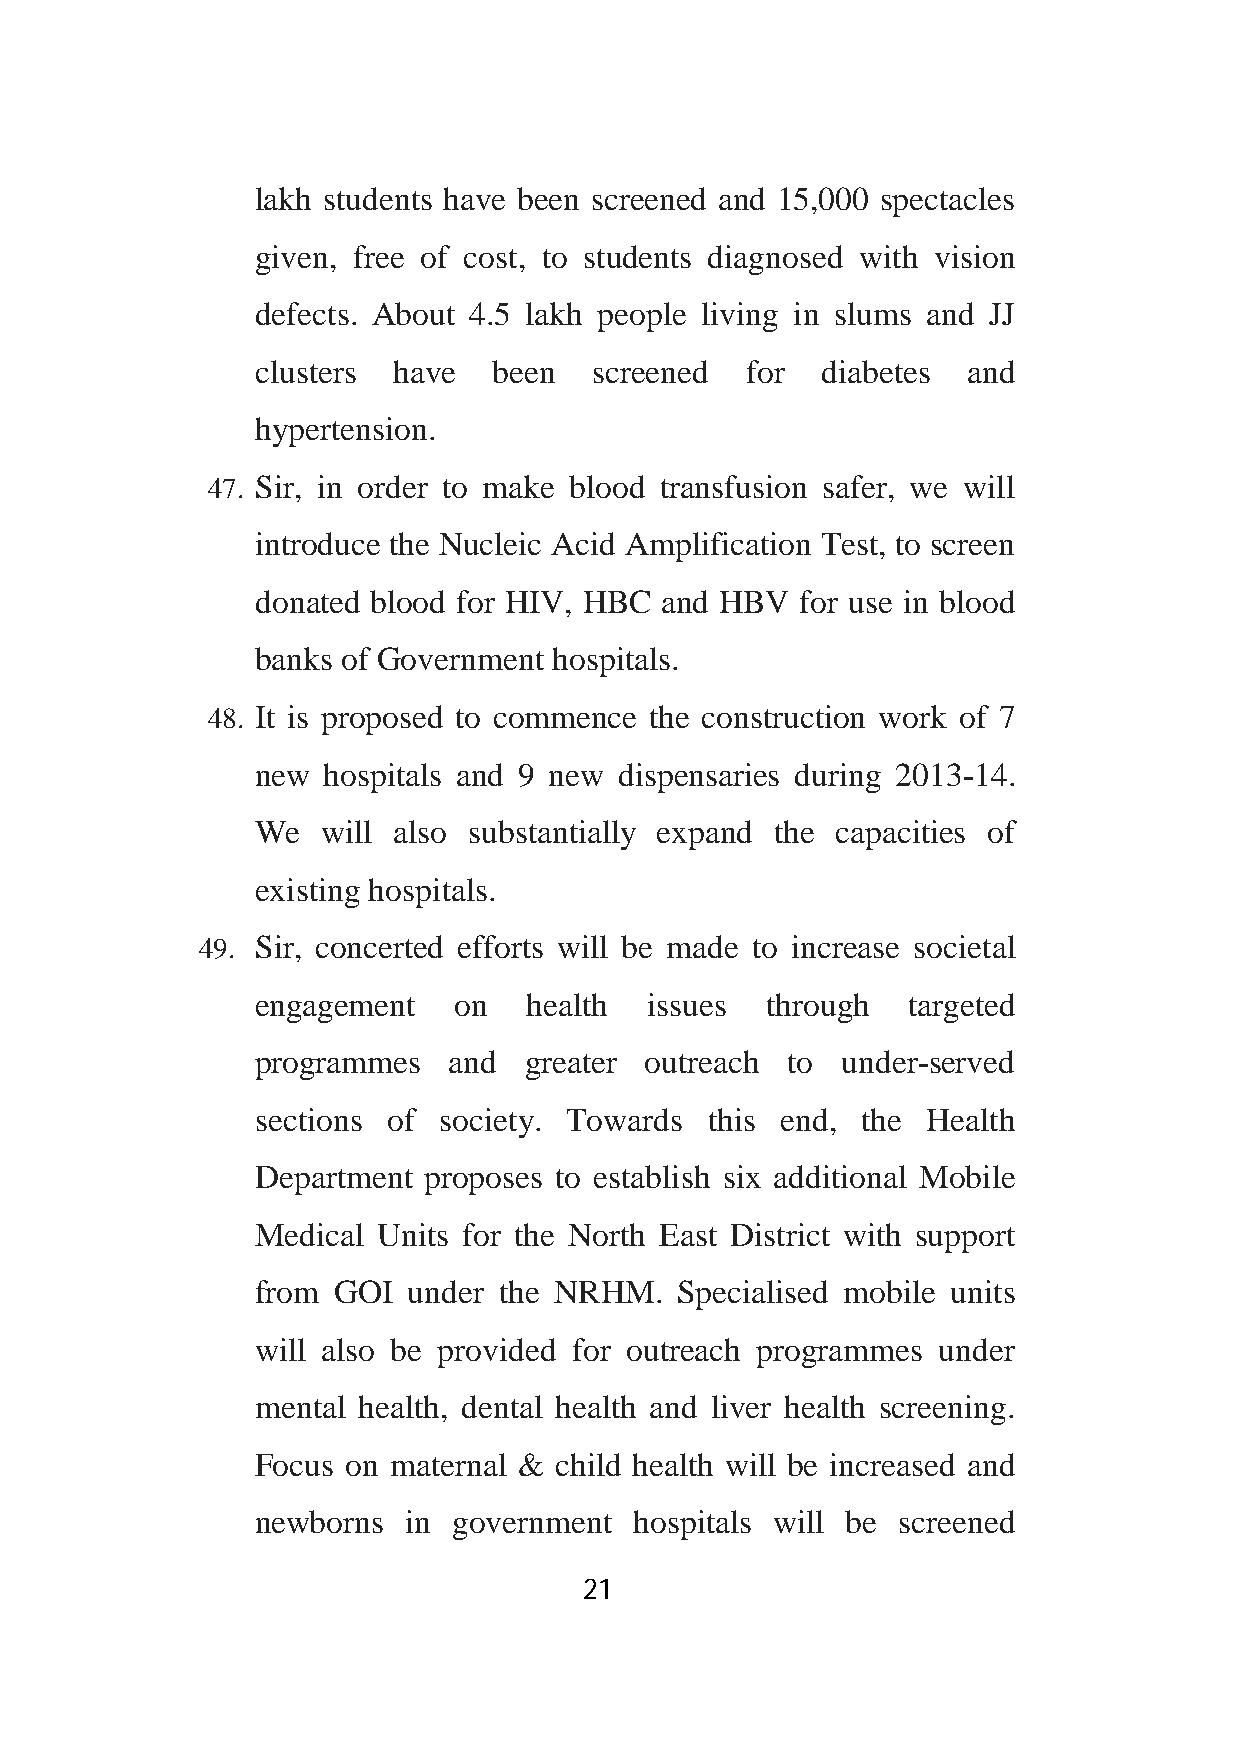
lakh students have been screened and 15,000 spectacles
 given, free of cost, to students diagnosed with vision
 defects. About 4.5 lakh people living in slums and JJ
 clusters have   been  screened  for  diabetes  and
 hypertension.
 47. Sir, in order to make blood transfusion safer, we will
 introduce the Nucleic Acid Amplification Test, to screen
 donated blood for HIV, HBC and HBV  for use in blood
 banks of Government hospitals.
 48. It is proposed to commence the construction work of 7
 new hospitals and 9 new dispensaries during 2013-14.
 We  will also substantially expand the capacities of
 existing hospitals.
 49. Sir, concerted efforts will be made to increase societal
 engagement   on   health  issues  through  targeted
 programmes   and  greater outreach to  under-served
 sections of society. Towards  this end, the Health
 Department proposes to establish six additional Mobile
 Medical Units for the North East District with support
 from GOI  under the NRHM.   Specialised mobile units
 will also be provided for outreach programmes under
 mental health, dental health and liver health screening.
 Focus on maternal & child health will be increased and
 newborns  in government  hospitals will be screened
 21